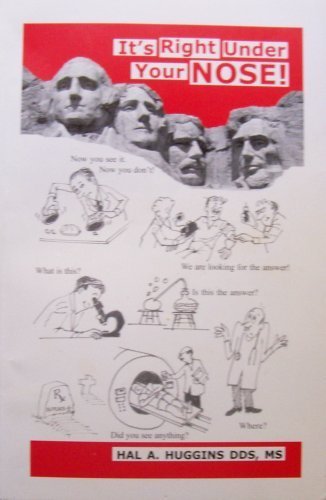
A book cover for It's Right Under Your Nose; Hal A. Huggins; Medical Books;